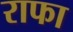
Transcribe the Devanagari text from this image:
राफा